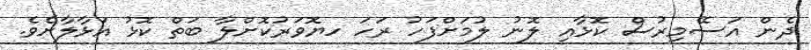
ދެން އަސޭމިރުސް ކޮޅާއި ލޮނު ލުމަށްފަހު ރަހަ ހޔޮވަރުކޮށްލާ ބަތް ކޮޅު އަޅާލާށެވެ.